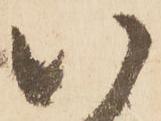
以